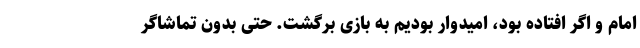
امام و اگر افتاده بود، امیدوار بودیم به بازی برگشت. حتی بدون تماشاگر